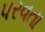
પરવતા